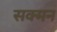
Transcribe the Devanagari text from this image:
सक्मन